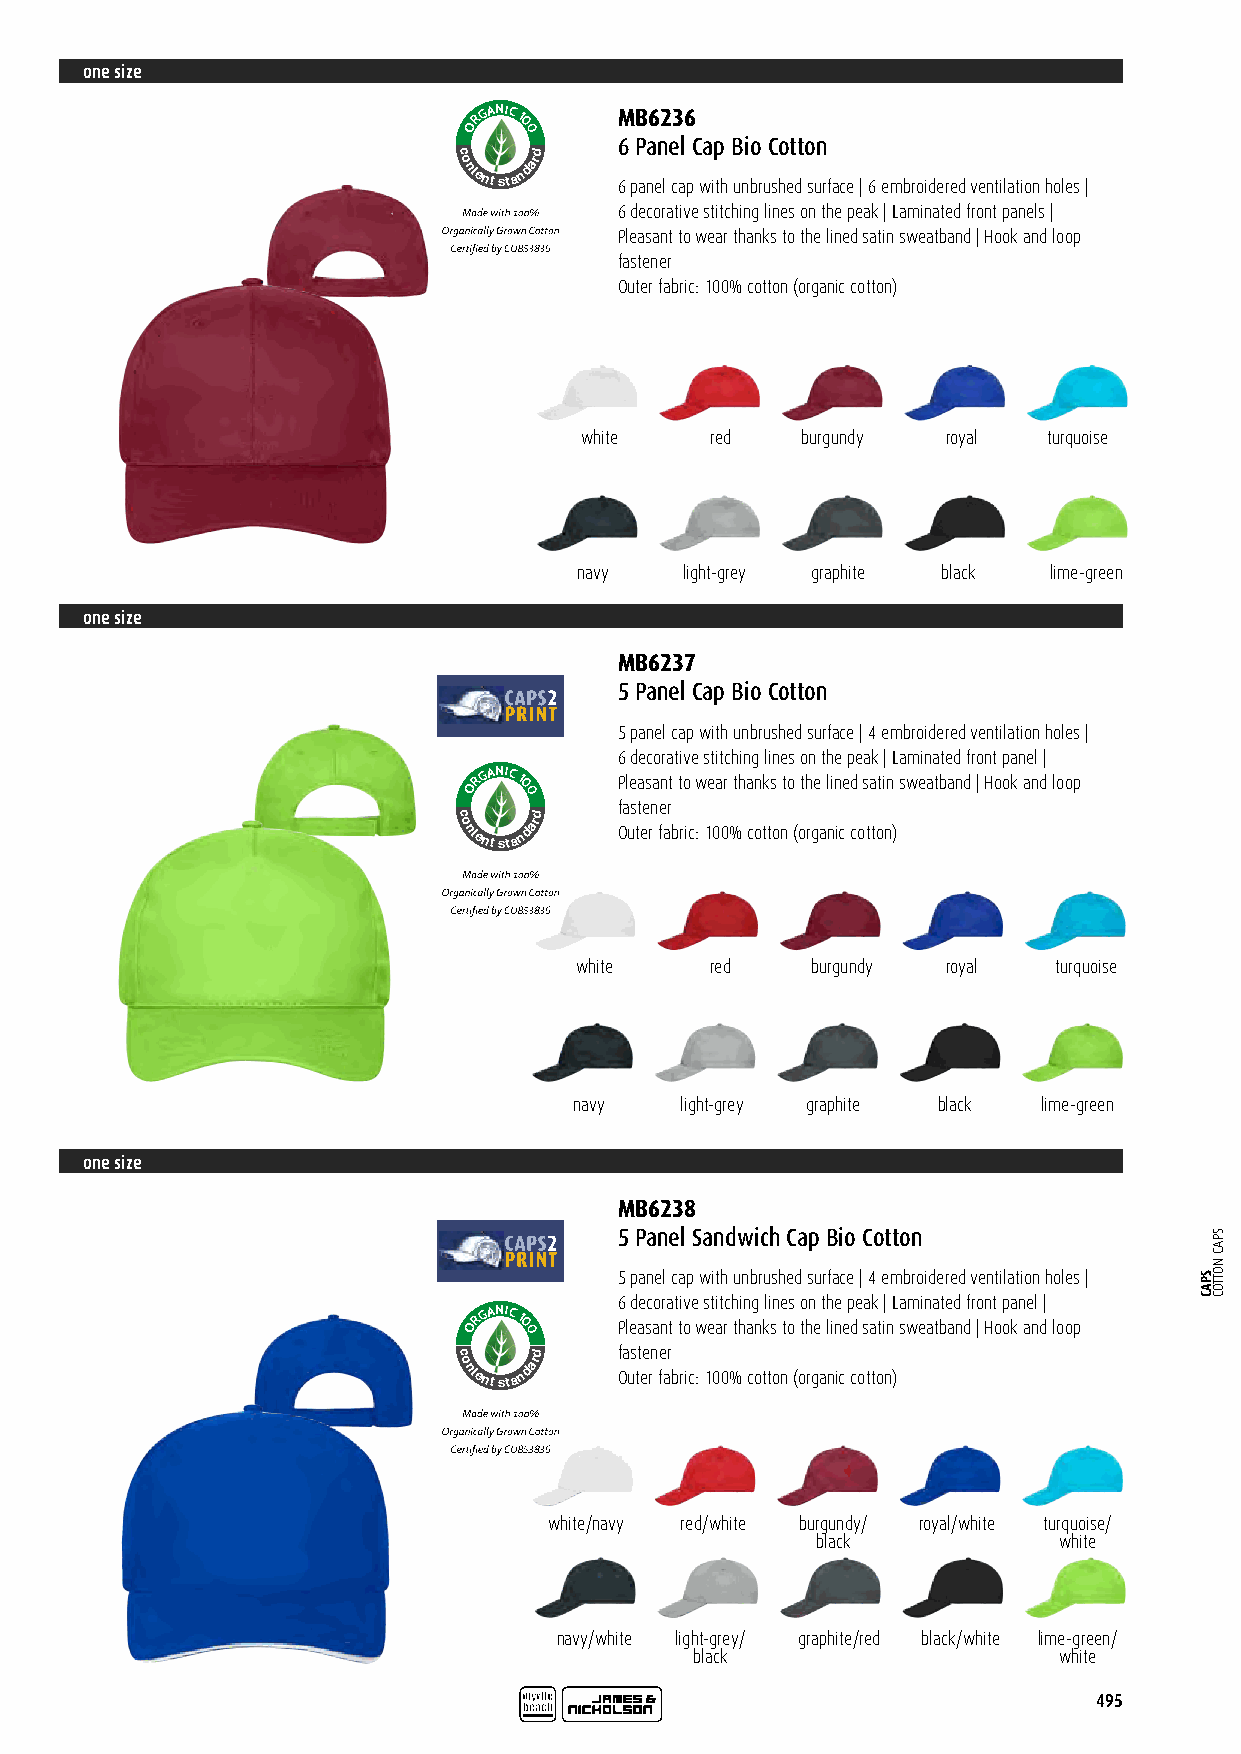
one size
 RGANIC 1  MB6236
 O  0
 0
 6 Panel Cap Bio Cotton
 c
 o
 ntent
 sta
 ndard
 6 panel cap with unbrushed surface | 6 embroidered ventilation holes |
 Certified by CU 853836
 6 decorative stitching lines on the peak | Laminated front panels |
 Pleasant to wear thanks to the lined satin sweatband | Hook and loop
 fastener
 Outer fabric: 100% cotton (organic cotton)
 white    red   burgundy  royal turquoise
 navy   light-grey graphite black lime-green
 one size
 MB6237
 5 Panel Cap Bio Cotton
 5 panel cap with unbrushed surface | 4 embroidered ventilation holes |
 6 decorative stitching lines on the peak | Laminated front panel |
 RGANIC
 1      Pleasant to wear thanks to the lined satin sweatband | Hook and loop
 O  0
 0
 fastener
 c
 o ntent
 sta
 ndard
 Outer fabric: 100% cotton (organic cotton)
 Certified by CU 853836
 white    red    burgundy royal  turquoise
 navy   light-grey graphite black lime-green
 one size
 MB6238
 5 Panel Sandwich Cap Bio Cotton
 5 panel cap with unbrushed surface | 4 embroidered ventilation holes |
 6 decorative stitching lines on the peak | Laminated front panel |
 RGANIC
 1
 O  0      Pleasant to wear thanks to the lined satin sweatband | Hook and loop
 0
 c
 o
 ntent sta
 ndard f Oa us tt ee rn fe ar
 bric: 100% cotton (organic cotton)
 Certified by CU 853836
 white/navy red/white burgundy/ royal/white turquoise/
 black           white
 navy/white light-grey/ graphite/red black/white lime-green/
 black                   white
 495
 SPAC
 SPAC
 NOTTOC